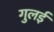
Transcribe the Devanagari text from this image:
गुलई